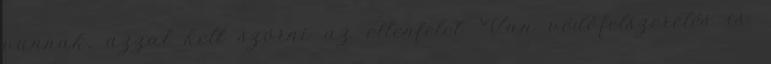
vannak, azzal kell szórni az ellenfelet. Van védőfelszerelés is.